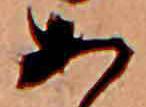
あ